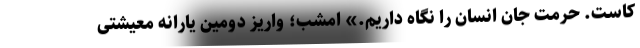
کاست. حرمت جان انسان را نگاه داریم.» امشب؛ واریز دومین یارانه معیشتی